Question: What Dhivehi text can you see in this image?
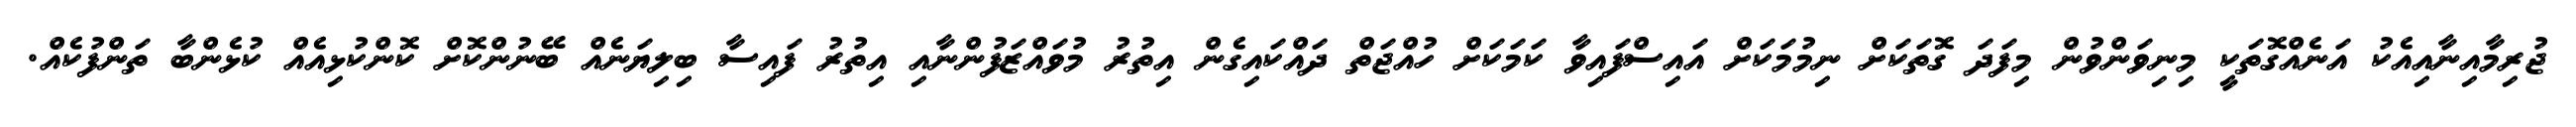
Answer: ޖުރިމާއިނާއިއެކު އަނެއްގޮތަކީ މިނިވަންވުން މިފަދަ ގޮތަކަށް ނިމުމަކަށް އައިސްފައިވާ ކަމަކަށް ހުއްޖަތް ދައްކައިގެން އިތުރު މުވައްޒަފުންނާއި އިތުރު ފައިސާ ބިލިޔަނެއް ބޭނުންކޮށް ކޮންކުޅިއެއް ކުޅެންބާ ތަންފުކެއް.